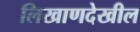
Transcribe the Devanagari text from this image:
लिखाणदेखील